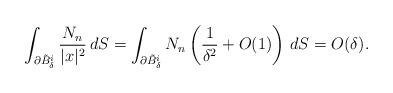
LaTeX: \begin{align*}\int_{\partial \tilde B^i_\delta} {N_n \over |x|^2} \, dS = \int_{\partial \tilde B^i_\delta} N_n\left( {1 \over \delta^2} + O(1) \right) \, dS = O(\delta).\end{align*}